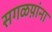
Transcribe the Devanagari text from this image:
सगळय़ांना